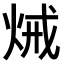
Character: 𤈪